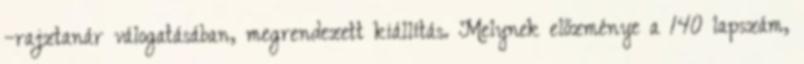
–rajztanár válogatásában, megrendezett kiállítás. Melynek előzménye a 140 lapszám,